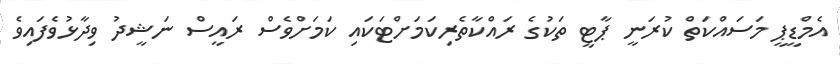
އެމްޑީޕީ މަސައްކަތް ކުރަނީ ޕާޓީ ތަކުގެ ރައްކާތެރިކަމަށްޓަކައި ކަމަށްވެސް ރައީސް ނަޝީދު ވިދާޅުވެފައިވެ